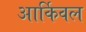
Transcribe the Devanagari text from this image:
आर्किवल